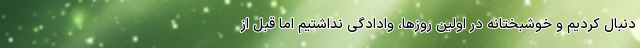
دنبال کردیم و خوشبختانه در اولین روزها، وادادگی نداشتیم اما قبل از